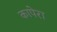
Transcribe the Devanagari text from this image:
कापेरा